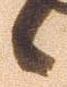
候